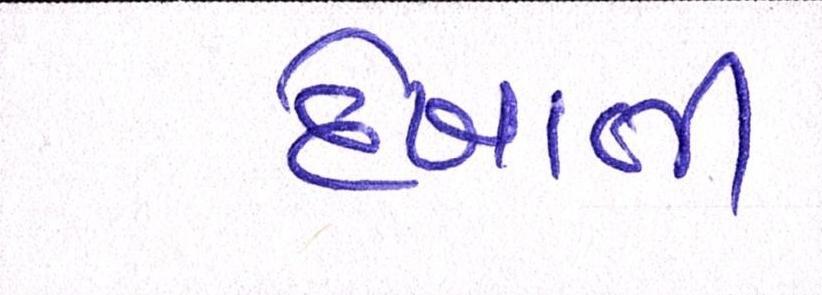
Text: દેખાતી